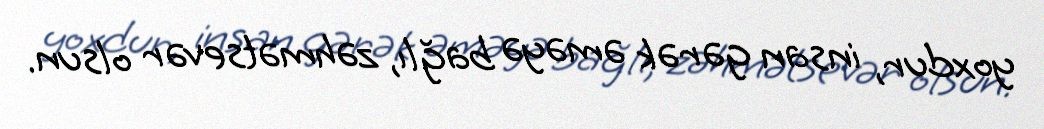
yoxdur, insan gərək əməyə bağlı, zəhmətsevər olsun.